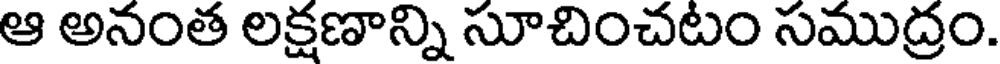
ఆ అనంత లక్షణాన్ని సూచించటం సముద్రం.